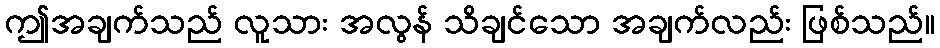
ဤအချက်သည် လူသား အလွန် သိချင်သော အချက်လည်း ဖြစ်သည်။